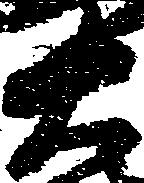
右